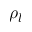
\rho _ { l }